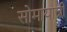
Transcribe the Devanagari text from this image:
सोमायाजी